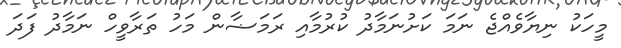
މީހަކު ނިޔާވެއްޖެ ނަމަ ކަށުނަމާދު ކުރުމާއި ރަމަޟާން މަހު ތަރާވީހް ނަމާދު ފަދަ